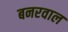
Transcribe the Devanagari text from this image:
बनरवाल